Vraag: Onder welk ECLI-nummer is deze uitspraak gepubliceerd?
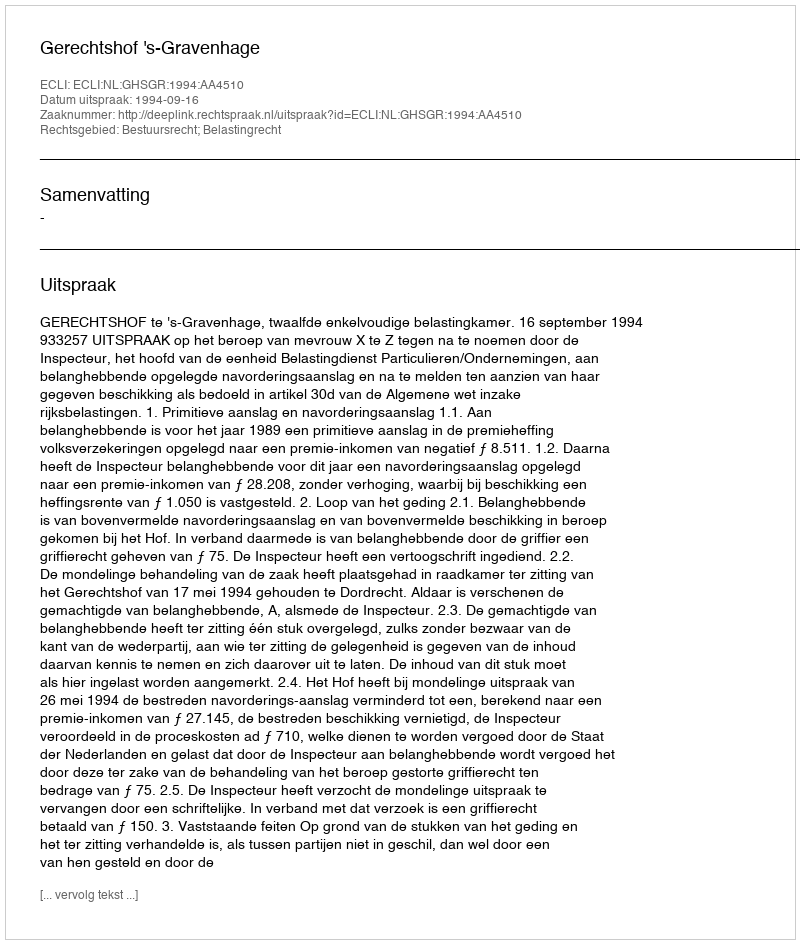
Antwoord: ECLI:NL:GHSGR:1994:AA4510